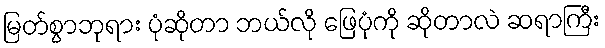
မြတ်စွာဘုရား ပုံဆိုတာ ဘယ်လို ဖြေပုံကို ဆိုတာလဲ ဆရာကြီး